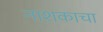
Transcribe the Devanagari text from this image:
नाशकाचा